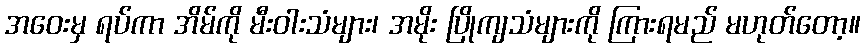
အဝေးမှ ရပ်ကာ အိမ်ကို မီးဝါးသံများ၊ အမိုး ပြိုကျသံများကို ကြားရမည် မဟုတ်တော့။